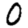
Digit: 0